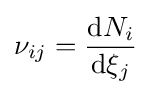
\nu _{ij}={\frac {\mathrm {d} N_{i}}{\mathrm {d} \xi _{j}}}